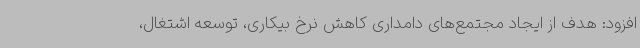
افزود: هدف از ایجاد مجتمع‌های دامداری کاهش نرخ بیکاری، توسعه اشتغال،